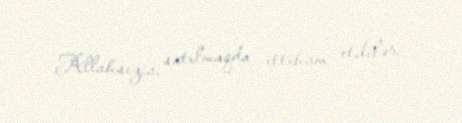
Allahsızca, satılmaqda ittiham etdilər.